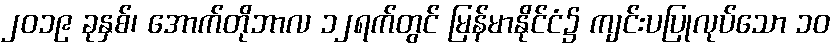
၂၀၁၉ ခုနှစ်၊ အောက်တိုဘာလ ၁၂ရက်တွင် မြန်မာနိုင်ငံ၌ ကျင်းပပြုလုပ်သော ၁၀